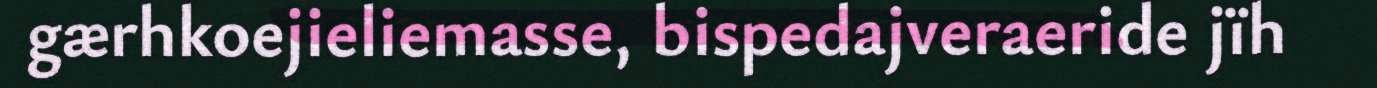
gærhkoejieliemasse, bispedajveraeride jïh